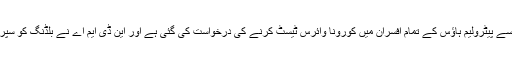
این آئی ایچ سے پیٹرولیم ہاؤس کے تمام افسران میں کورونا وائرس ٹیسٹ کرنے کی درخواست کی گئی ہے اور این ڈی ایم اے نے بلڈنگ کو سپرے کیا ہے۔